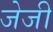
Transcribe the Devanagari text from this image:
जेजी